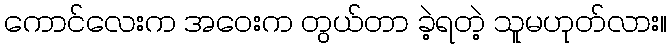
ကောင်လေးက အဝေးက တွယ်တာ ခဲ့ရတဲ့ သူမဟုတ်လား။